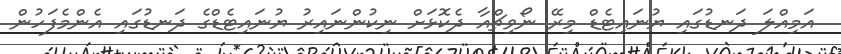
އަމިއްލަ ދަނޑުގައި ޔުނައިޓެޑް މިރޭ ނޯވިޗްއާ ދެކޮޅަށް ނިކުންނައިރު ޔުނައިޓެޑްގެ ދަނޑުގައި އެންމެފަހުން